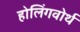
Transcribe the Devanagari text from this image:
होलिंगवोर्थ